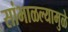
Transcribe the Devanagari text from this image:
सांभाळल्यामुळे